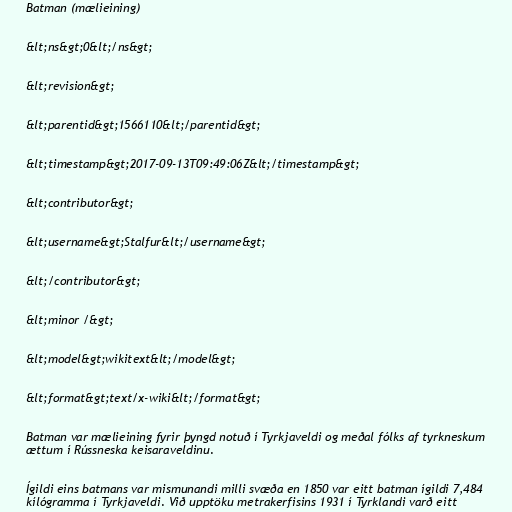
Batman (mælieining)

&lt;ns&gt;0&lt;/ns&gt;

&lt;revision&gt;

&lt;parentid&gt;1566110&lt;/parentid&gt;

&lt;timestamp&gt;2017-09-13T09:49:06Z&lt;/timestamp&gt;

&lt;contributor&gt;

&lt;username&gt;Stalfur&lt;/username&gt;

&lt;/contributor&gt;

&lt;minor /&gt;

&lt;model&gt;wikitext&lt;/model&gt;

&lt;format&gt;text/x-wiki&lt;/format&gt;

Batman var mælieining fyrir þyngd notuð í Tyrkjaveldi og meðal fólks af tyrkneskum
ættum í Rússneska keisaraveldinu.

Ígildi eins batmans var mismunandi milli svæða en 1850 var eitt batman ígildi 7,484
kílógramma í Tyrkjaveldi. Við upptöku metrakerfisins 1931 í Tyrklandi varð eitt